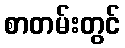
စာတမ်းတွင်